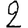
Digit: 2